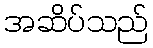
အဆိပ်သည်